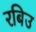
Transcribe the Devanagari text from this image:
रबिउ